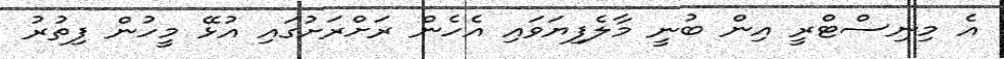
އެ މިނިސްޓްރީ އިން ބުނީ މާލެފިޔަވައި އެހެން ރަށްރަށުގައި އުޅޭ މީހުން ފިތުރު